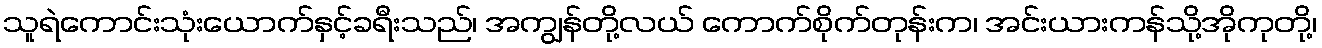
သူရဲကောင်းသုံးယောက်နှင့်ခရီးသည်၊ အကျွန်တို့လယ် ကောက်စိုက်တုန်းက၊ အင်းယားကန်သို့အိုကုတို့၊